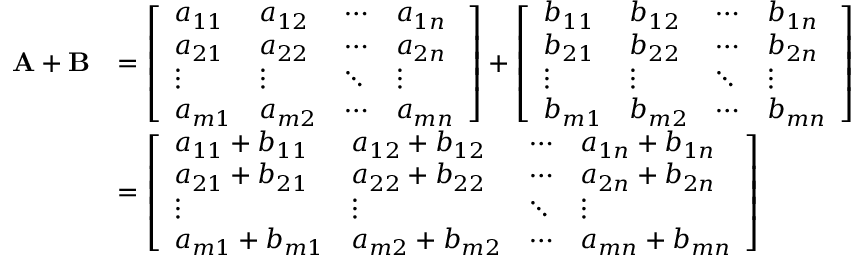
{ \begin{array} { r l } { \mathbf { A } + \mathbf { B } } & { = { \left[ \begin{array} { l l l l } { a _ { 1 1 } } & { a _ { 1 2 } } & { \cdots } & { a _ { 1 n } } \\ { a _ { 2 1 } } & { a _ { 2 2 } } & { \cdots } & { a _ { 2 n } } \\ { \vdots } & { \vdots } & { \ddots } & { \vdots } \\ { a _ { m 1 } } & { a _ { m 2 } } & { \cdots } & { a _ { m n } } \end{array} \right] } + { \left[ \begin{array} { l l l l } { b _ { 1 1 } } & { b _ { 1 2 } } & { \cdots } & { b _ { 1 n } } \\ { b _ { 2 1 } } & { b _ { 2 2 } } & { \cdots } & { b _ { 2 n } } \\ { \vdots } & { \vdots } & { \ddots } & { \vdots } \\ { b _ { m 1 } } & { b _ { m 2 } } & { \cdots } & { b _ { m n } } \end{array} \right] } } \\ & { = { \left[ \begin{array} { l l l l } { a _ { 1 1 } + b _ { 1 1 } } & { a _ { 1 2 } + b _ { 1 2 } } & { \cdots } & { a _ { 1 n } + b _ { 1 n } } \\ { a _ { 2 1 } + b _ { 2 1 } } & { a _ { 2 2 } + b _ { 2 2 } } & { \cdots } & { a _ { 2 n } + b _ { 2 n } } \\ { \vdots } & { \vdots } & { \ddots } & { \vdots } \\ { a _ { m 1 } + b _ { m 1 } } & { a _ { m 2 } + b _ { m 2 } } & { \cdots } & { a _ { m n } + b _ { m n } } \end{array} \right] } } \end{array} } \,